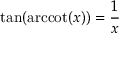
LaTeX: \tan ( \operatorname { a r c c o t } ( x ) ) = { \frac { 1 } { x } }